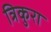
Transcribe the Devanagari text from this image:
त्रिकुरा